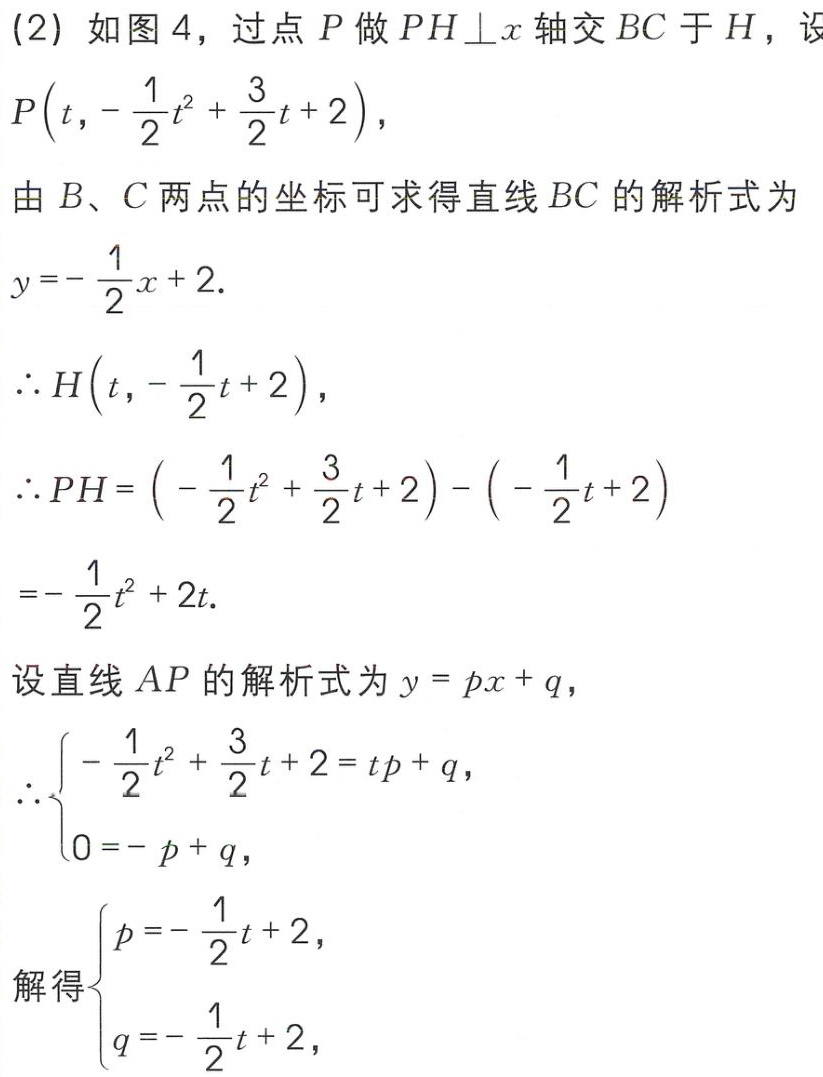
(2) 如图 4，过点 \(P\) 做 \(PH\perp x\) 轴交 \(BC\) 于 \(H\)，设 \(P\left(t,-\frac{1}{2}t^{2}+\frac{3}{2}t + 2\right)\)，
由 \(B、C\) 两点的坐标可求得直线 \(BC\) 的解析式为 \(y =-\frac{1}{2}x + 2\).
\(\therefore H\left(t,-\frac{1}{2}t + 2\right)\)，
\(\therefore PH=\left(-\frac{1}{2}t^{2}+\frac{3}{2}t + 2\right)-\left(-\frac{1}{2}t + 2\right)\)
\(=-\frac{1}{2}t^{2}+2t\).
设直线 \(AP\) 的解析式为 \(y = px + q\)，
\(\therefore\begin{cases}-\frac{1}{2}t^{2}+\frac{3}{2}t + 2 = tp + q,\\0=-p + q,\end{cases}\)
解得\(\begin{cases}p =-\frac{1}{2}t + 2,\\q =-\frac{1}{2}t + 2,\end{cases}\)